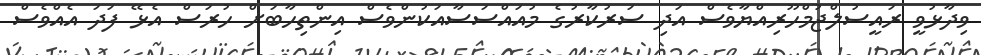
ވިދާޅުވީ ރައީސުލްޖުމްހޫރިއްޔާވެސް އަދި ސަރުކާރުގެ މުއައްސަސާއަކުންވެސް އިންތިހާބަށް ހުރަސް އެޅޭ ފަދަ އެއްވެސް